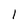
Character: 1